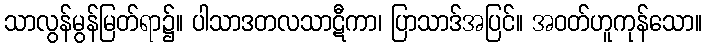
သာလွန်မွန်မြတ်ရာ၌။ ပါသာဒတလသာဋီကာ၊ ပြာသာဒ်အပြင်။ အဝတ်ဟူကုန်သော။